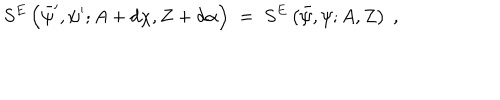
S ^ { E } \left( \bar { \psi } ^ { \prime } , \psi ^ { \prime } ; A + d \chi , Z + d \alpha \right) \; = \; S ^ { E } \left( \bar { \psi } , \psi ; A , Z \right) ~ ,